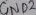
Text: GND2